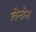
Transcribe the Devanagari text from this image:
लेनोन